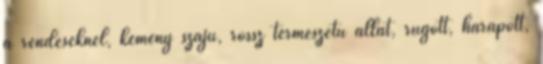
a rendeseknél, kemény szájú, rossz természetű állat, rúgott, harapott,